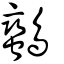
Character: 𪈿